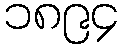
၁၈၉၄